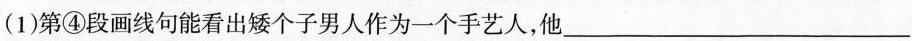
（1)第④段画线句能看出矮个子男人作为一个艺人，他___。